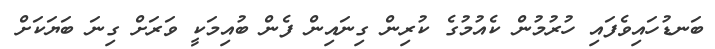
ބަނޑުހައިވެފައި ހުރުމުން ކެއުމުގެ ކުރިން ގިނައިން ފެން ބުއިމަކީ ވަރަށް ގިނަ ބަޔަކަށް